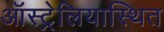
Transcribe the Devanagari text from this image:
ऑस्ट्रेलियास्थित